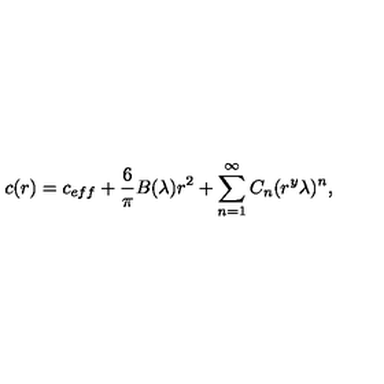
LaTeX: c ( r ) = c _ { e f f } + \frac { 6 } { \pi } B ( \lambda ) r ^ { 2 } + \sum _ { n = 1 } ^ { \infty } { C } _ { n } ( r ^ { y } \lambda ) ^ { n } ,